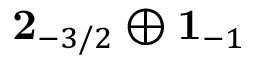
\mathbf { 2 } _ { - 3 / 2 } \oplus \mathbf { 1 } _ { - 1 }